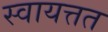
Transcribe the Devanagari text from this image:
स्वायत्तत